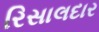
રિસાલદાર